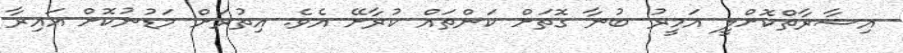
އިޝާރާތްކޮށްލީ އަމީރު ބުނާ ގޮތަށް ކަންތައް ކުރާށޭ އެވެ. އިތުރަށް މަޑުނުކޮށް އައިރާ